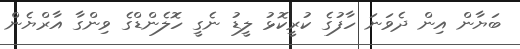
ބަޔާން އިން ދެވަނަ ހާފުގެ ކުރީކޮޅު ލީޑު ނެގީ ހޮލެންޑްގެ ވިންގާ އާރްޔެން